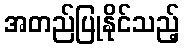
အတည်ပြုနိုင်သည့်